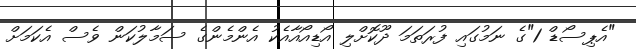
"އެޕިސޯޑް 1"ގެ ނަމުގައި ފުރަތަމަ ދޫކޮށްލި އޯޑިއޯއާއެކު އެންމެންގެ ސަމާލުކަން ވެސް އެކަމަށް